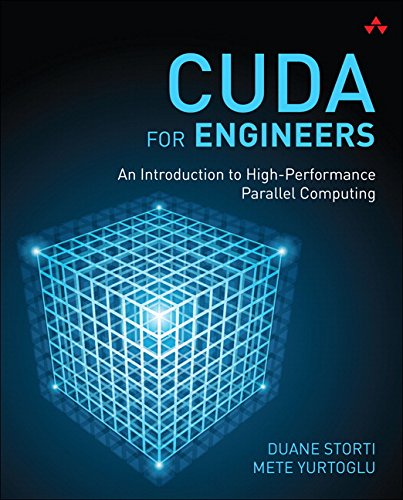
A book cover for CUDA for Engineers: An Introduction to High-Performance Parallel Computing; Duane Storti; Computers & Technology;